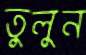
তুলুন